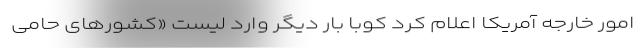
امور خارجه آمریکا اعلام کرد کوبا بار دیگر وارد لیست «کشورهای حامی